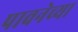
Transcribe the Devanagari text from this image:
पावनेच्या